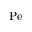
\mathrm { P e }